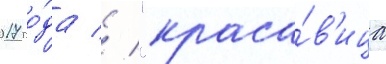
2017 го́да // "краса́в'ица